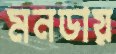
মনডায়